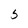
Character: 5